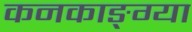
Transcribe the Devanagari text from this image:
कनकाङ्ग्या